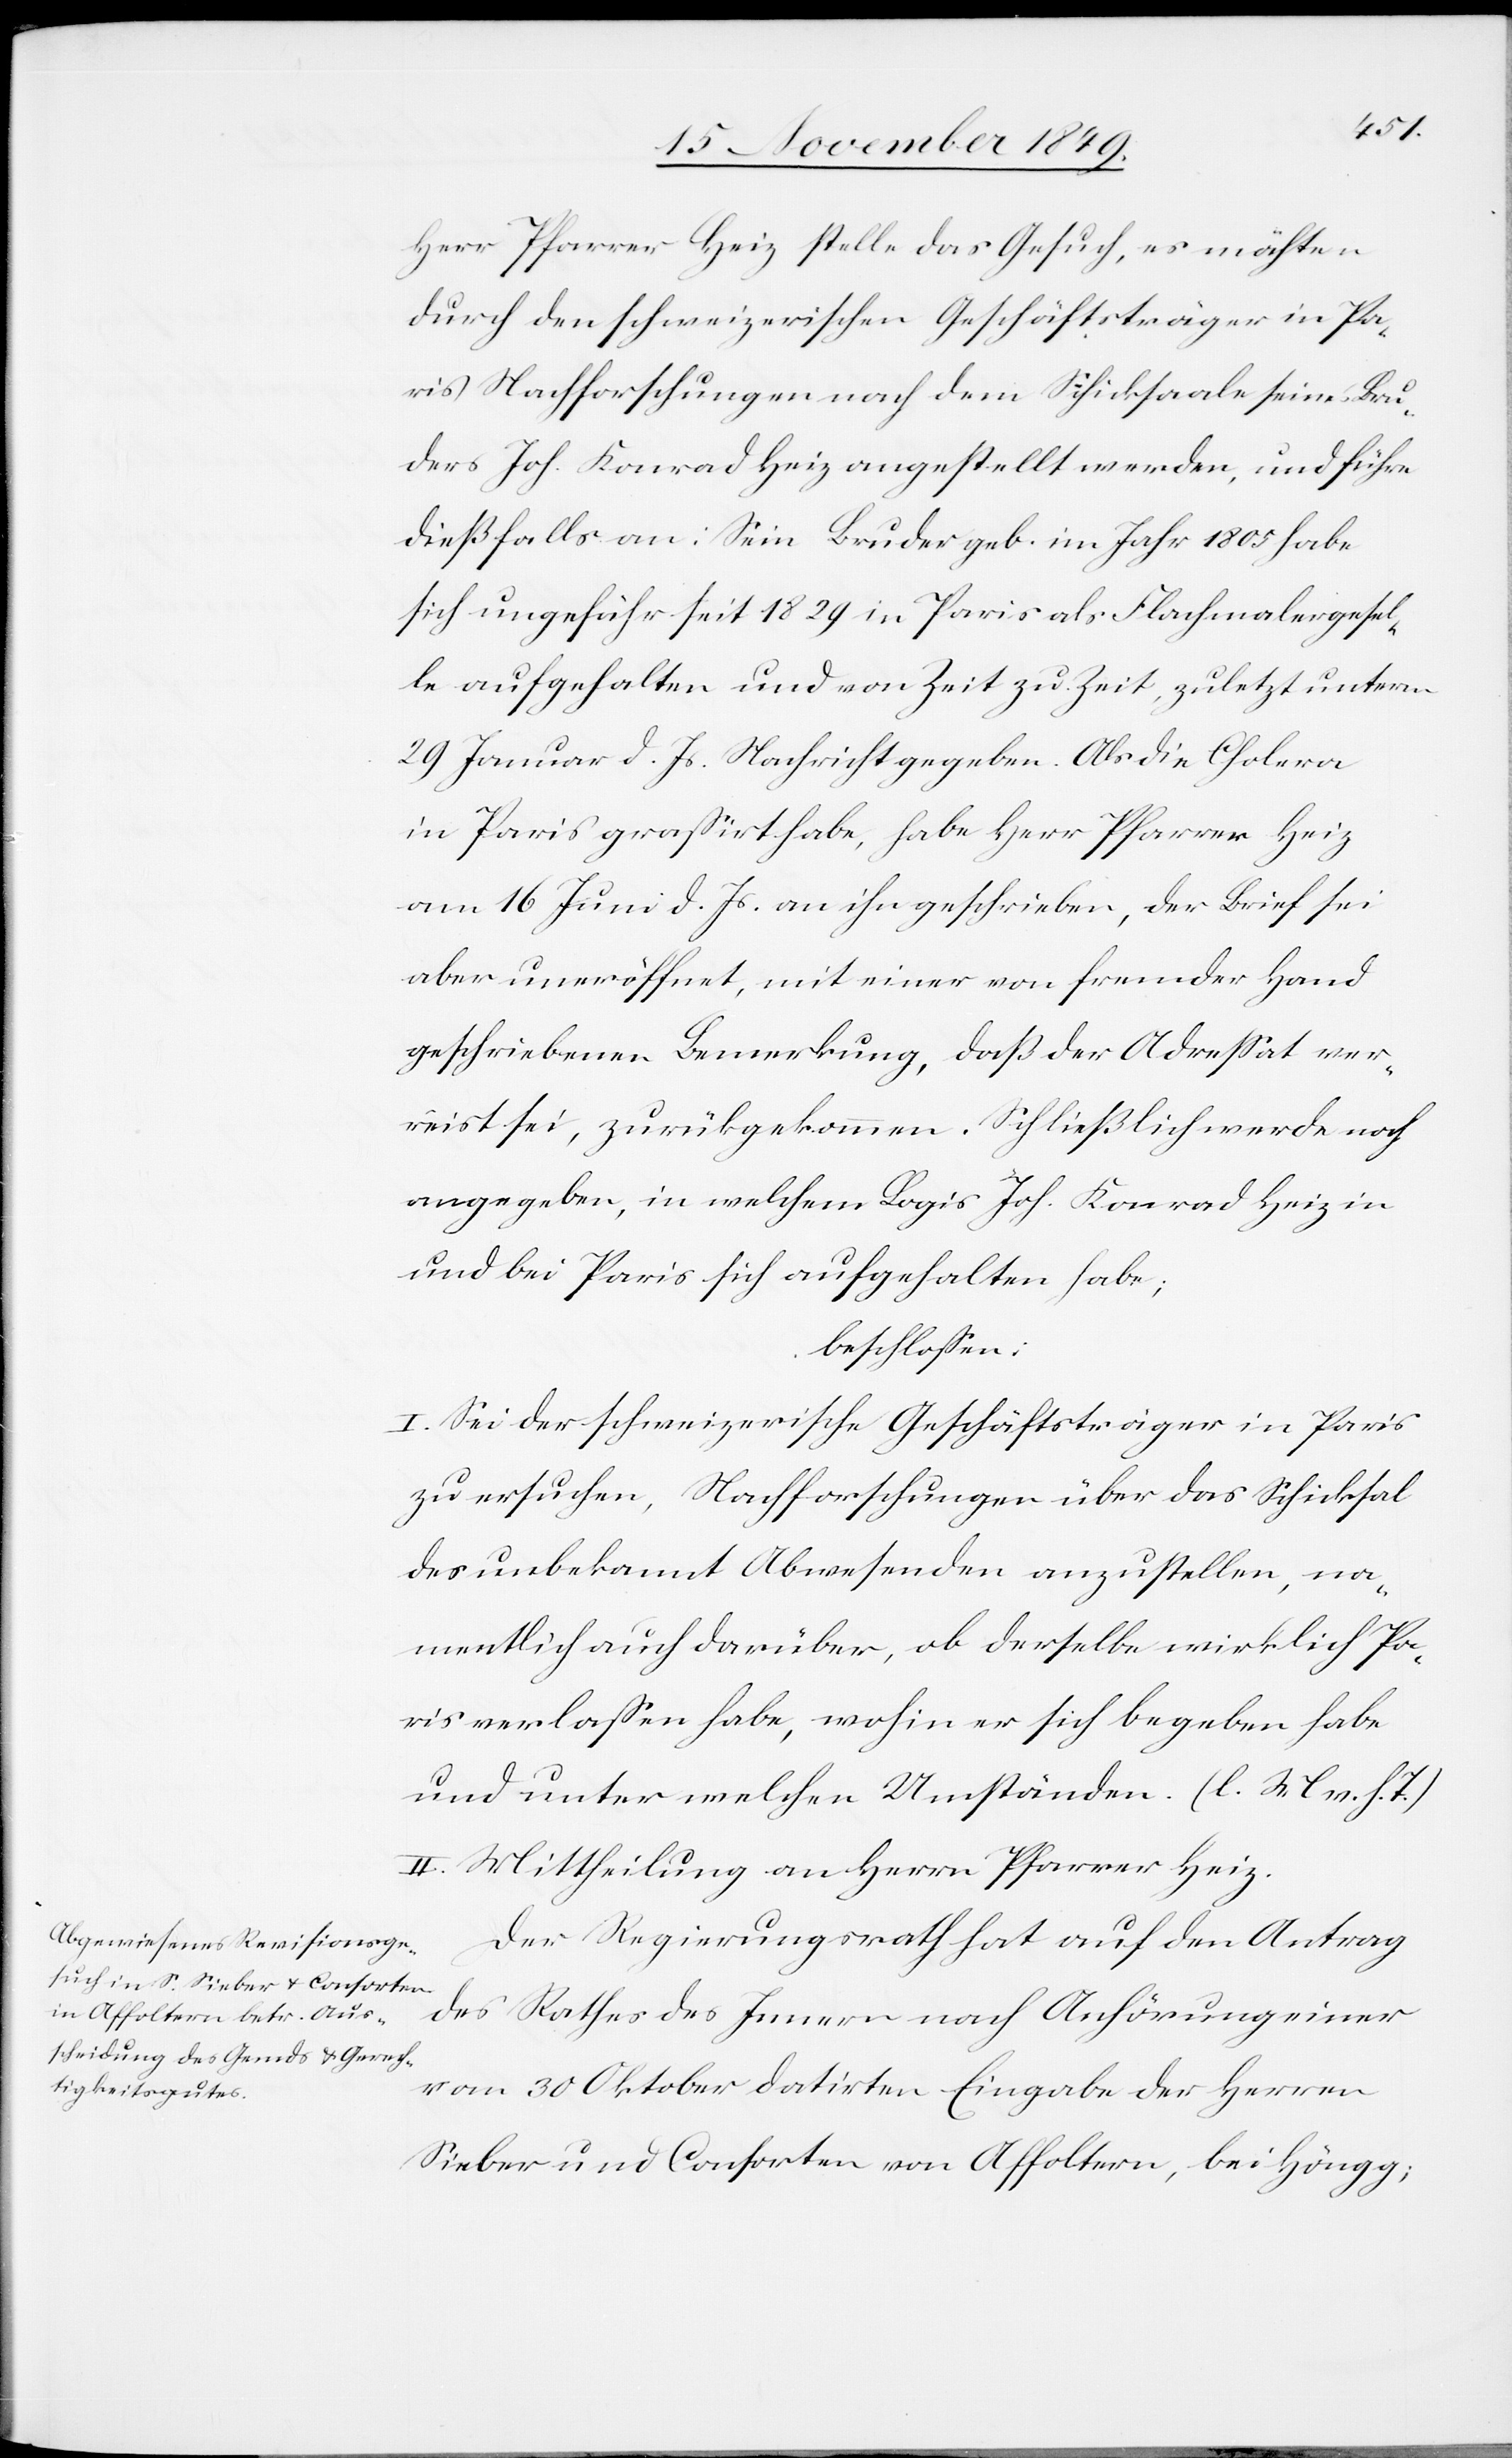
Herr Pfarrer Heiz stelle das Gesuch, es möchten
durch den schweizerischen Geschäftsträger in Pa¬
ris Nachforschungen nach dem Schicksale seines Bru¬
ders Joh. Konrad Heiz angestellt werden, und führe
dießfalls an: Sein Bruder geb. im Jahr 1805 habe
sich ungefähr seit 1829 in Paris als Flachmalergesel¬
le aufgehalten und von Zeit zu Zeit, zuletzt unterm
29 Januar d. Js. Nachricht gegeben. Als die Cholera
in Paris graßirt habe, habe Herr Pfarrer Heiz
am 16 Juni d. Js. an ihn geschrieben, der Brief sei
aber uneröffnet, mit einer von fremder Hand
geschriebenen Bemerkung, daß der Adreßat ver¬
reist sei, zurückgekommen. Schließlich werde noch
angegeben, in welchem Logis Joh. Konrad Heiz in
und bei Paris sich aufgehalten habe;
beschloßen:
I. Sei der schweizerische Geschäftsträger in Paris
zu ersuchen, Nachforschungen über das Schicksal
des unbekannt Abwesenden anzustellen, na¬
mentlich auch darüber, ob derselbe wirklich Pa¬
ris verlaßen habe, wohin er sich begeben habe
und unter welchen Umständen. [l. M. v. h.
II. Mittheilung an Herrn Pfarrer Heiz.
Der Regierungsrath hat auf den Antrag
des Rathes des Innern nach Anhörung einer
vom 30 Oktober datirten Eingabe der Herrn
Sieber und Consorten von Affoltern, bei Höngg;